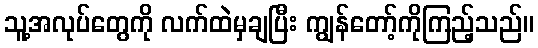
သူ့အလုပ်တွေကို လက်ထဲမှချပြီး ကျွန်တော့်ကိုကြည့်သည်။